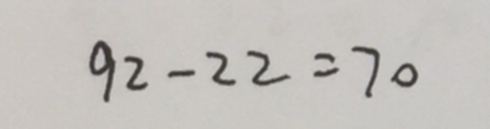
9 2 - 2 2 = 7 0